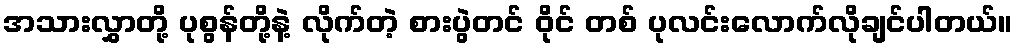
အသားလွှာတို့ ပုစွန်တို့နဲ့ လိုက်တဲ့ စားပွဲတင် ဝိုင် တစ် ပုလင်းလောက်လိုချင်ပါတယ်။